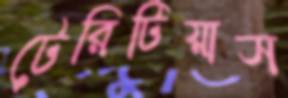
টেরিটিয়াস